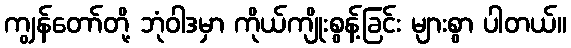
ကျွန်တော်တို့ ဘုံဝါဒမှာ ကိုယ်ကျိုးစွန့်ခြင်း များစွာ ပါတယ်။